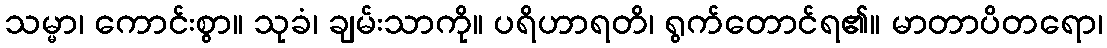
သမ္မာ၊ ကောင်းစွာ။ သုခံ၊ ချမ်းသာကို။ ပရိဟာရတိ၊ ရွက်တောင်ရ၏။ မာတာပိတရော၊